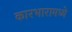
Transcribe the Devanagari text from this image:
कारभारामध्ये